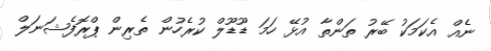
ނެއް އެކަމަކު ބޭރު ތަންތާ އުޅޭ ހަމަ ޑޫޑޫލް ކުރެހުން ތެރިން ޕްރޮފެޝަނަލް